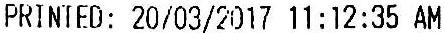
PRINTED: 20/03/2017 11:12:35 AM